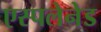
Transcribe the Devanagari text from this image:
एस्पलेनेड